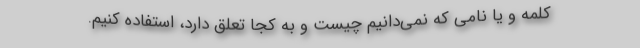
کلمه و یا نامی که نمی‌دانیم چیست و به کجا تعلق دارد، استفاده کنیم.